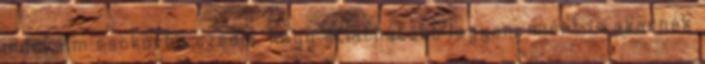
indokaim csokorba szedni, hogy átláthatóbb legyen, miért is akarnék